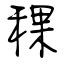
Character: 稞